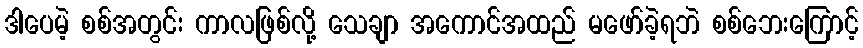
ဒါပေမဲ့ စစ်အတွင်း ကာလဖြစ်လို့ သေချာ အကောင်အထည် မဖော်ခဲ့ရဘဲ စစ်ဘေးကြောင့်